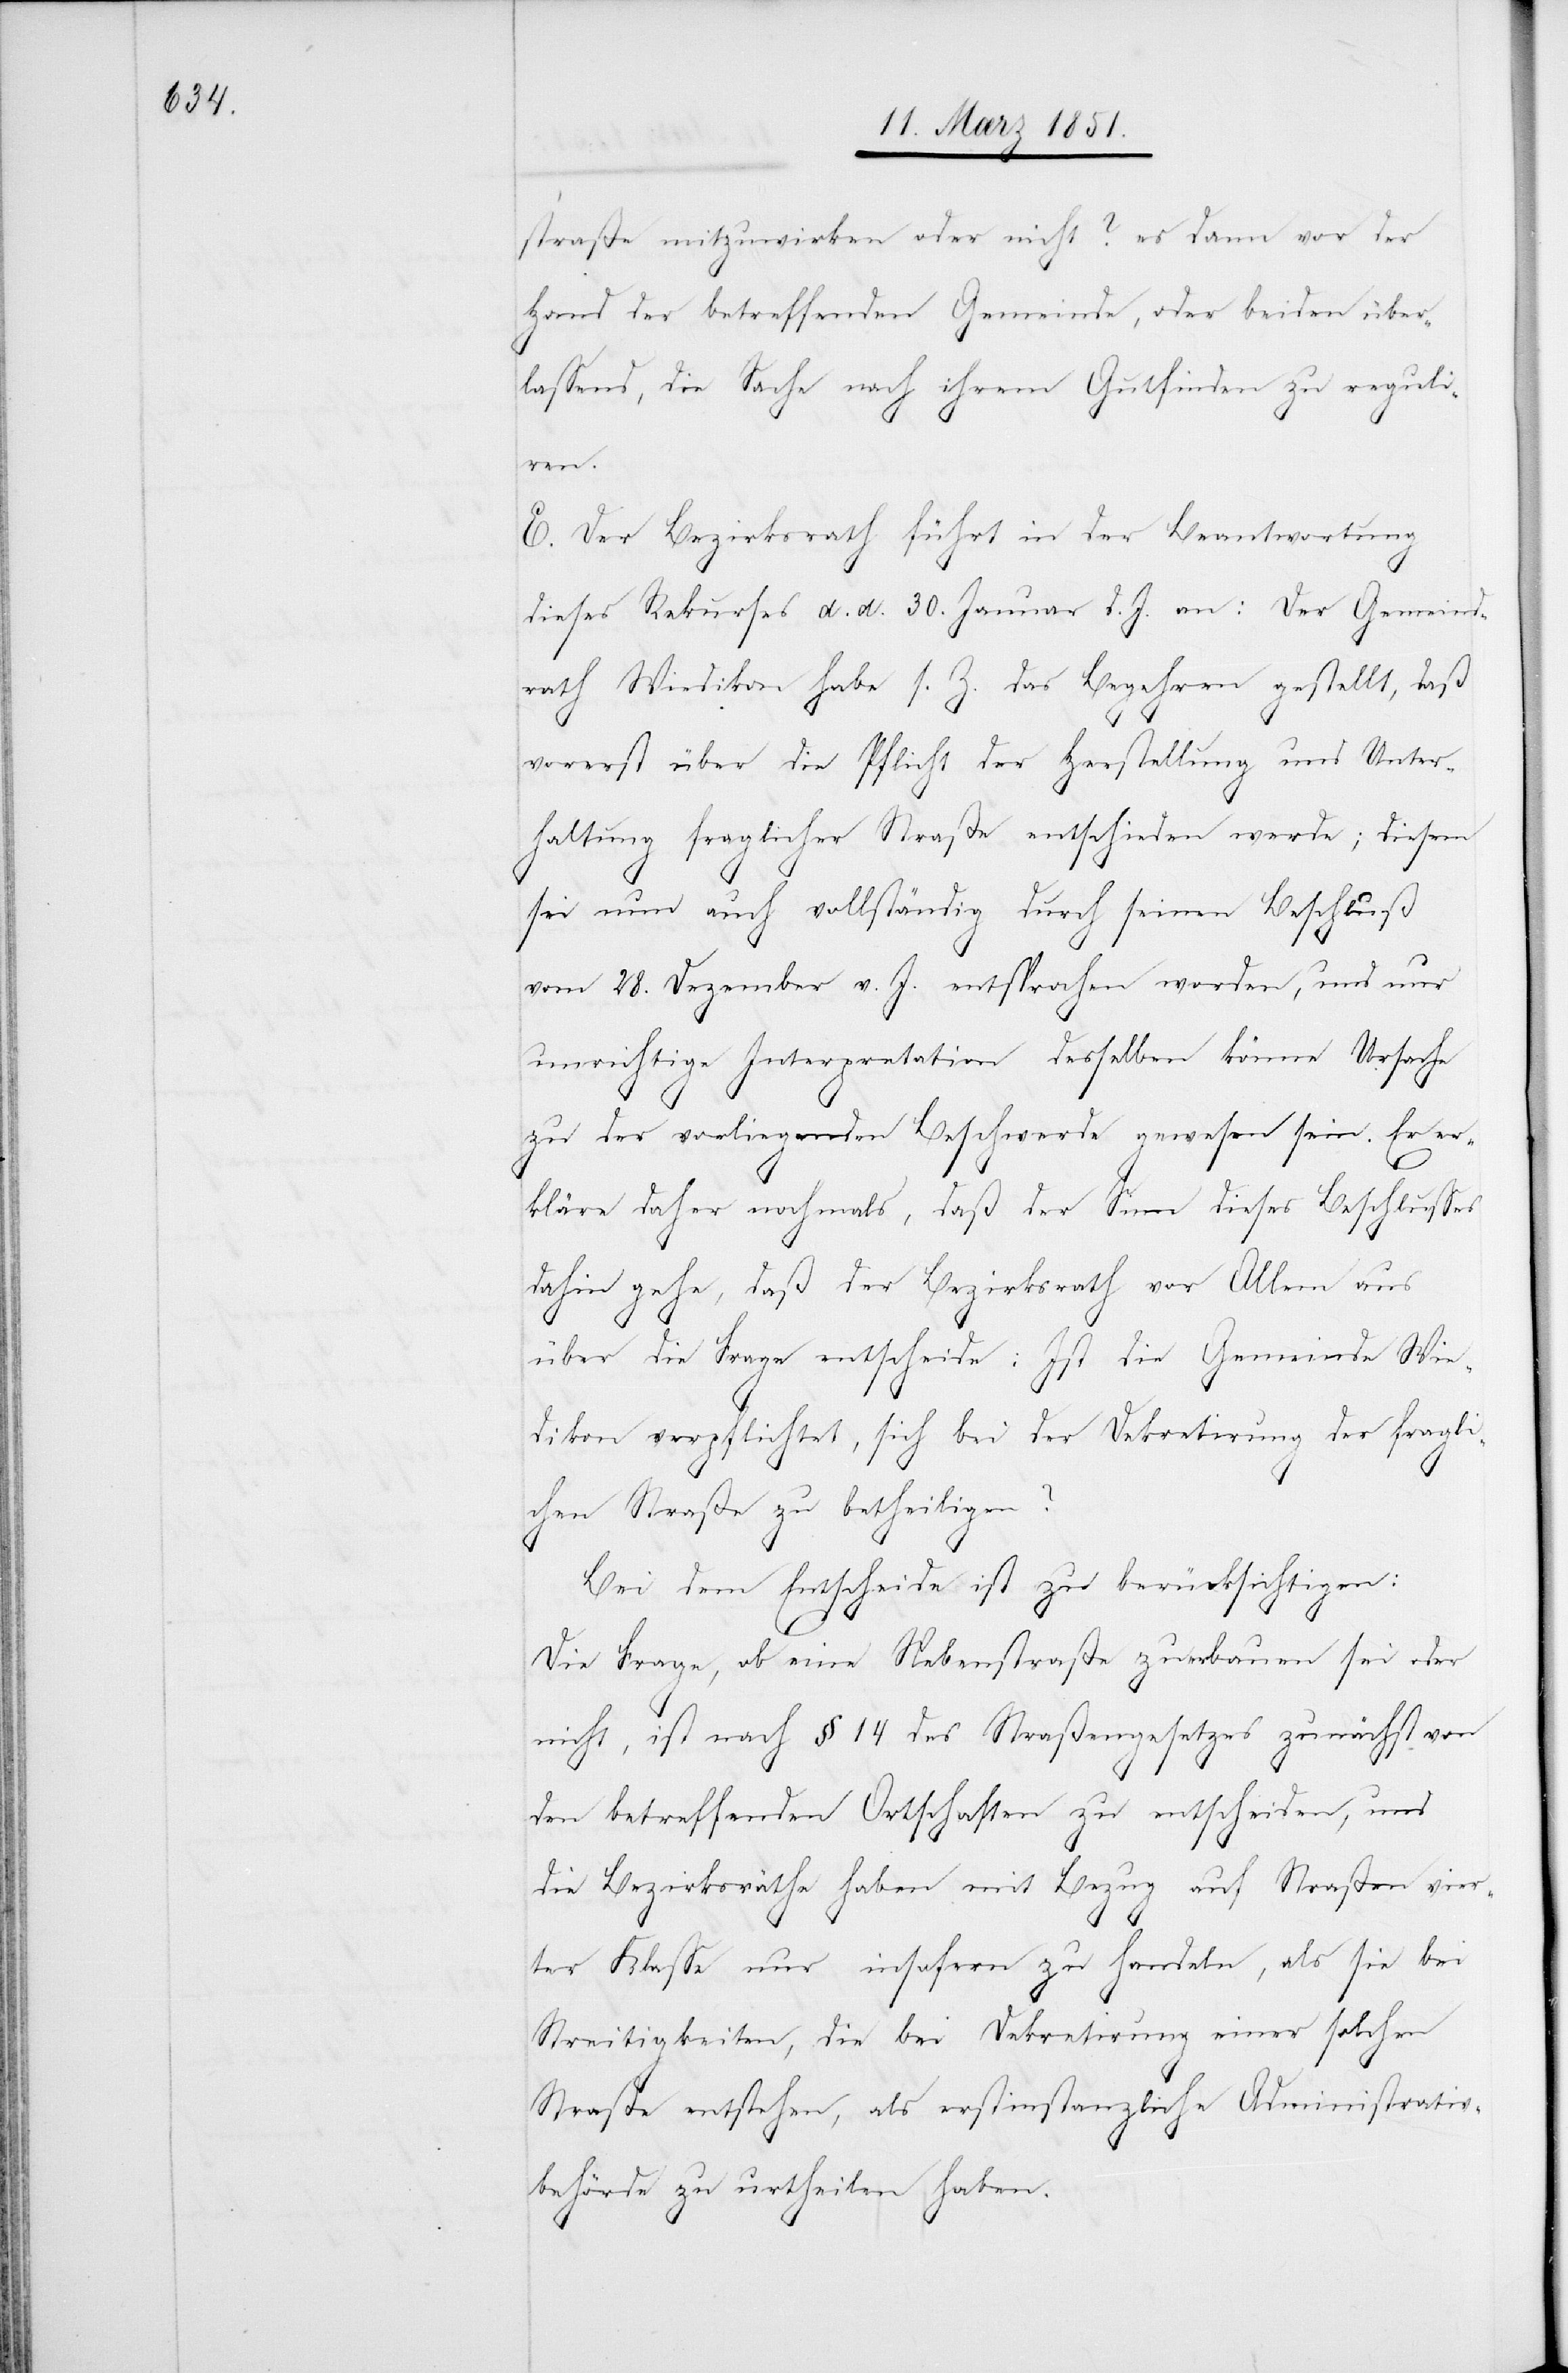
straße mitzuwirken oder nicht? es dann vor der
Hand der betreffenden Gemeinde, oder beiden über¬
lassend, die Sache nach ihrem Gutfinden zu reguli¬
ren.
E. Der Bezirksrath führt in der Beantwortung
dieses Rekurses d. d. 30. Januar d. J. an: Der Gemeind¬
rath Wiedikon habe s. Z. das Begehren gestellt, daß
vorerst über die Pflicht der Herstellung und Unter¬
haltung fraglicher Straße entschieden werde; diesem
sei nun auch vollständig durch seinen Beschluß
vom 28. Dezember v. J. entsprochen worden, und nur
unrichtige Interpretation desselben könne Ursache
zu der vorliegenden Beschwerde gewesen sein. Er er¬
kläre daher nochmals, daß der Sinn dieses Beschlusses
dahin gehe, daß der Bezirksrath vor Allem aus
über die Frage entscheide: Ist die Gemeinde Wie¬
dikon verpflichtet, sich bei der Dekretirung der fragli¬
chen Straße zu betheiligen?
Bei dem Entscheide ist zu berücksichtigen:
Die Frage, ob eine Nebenstraße zu erbauen sei oder
nicht, ist nach § 14 des Straßengesetzes zunächst von
den betreffenden Ortschaften zu entscheiden, und
die Bezirksräthe haben mit Bezug auf Straßen vier¬
ter Klasse nur insofern zu handeln, als sie bei
Streitigkeiten, die bei Dekretirung einer solchen
Straße entstehen, als erstinstanzliche Administrativ¬
behörde zu urtheilen haben.